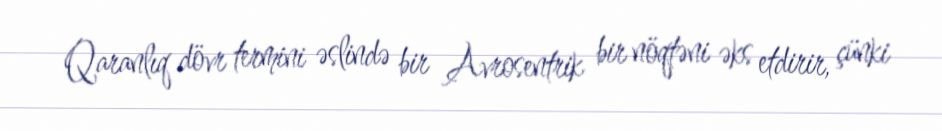
Qaranlıq dövr termini əslində bir Avrosentrik bir nöqtəni əks etdirir, çünki